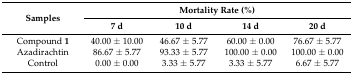
<table><thead><tr><td rowspan="2"><b>Samples</b></td><td colspan="4"><b>Mortality Rate (%)</b></td></tr><tr><td><b>7 d</b></td><td><b>10 d</b></td><td><b>14 d</b></td><td><b>20 d</b></td></tr></thead><tbody><tr><td>Compound <b>1</b></td><td>40.00 ± 10.00</td><td>46.67 ± 5.77</td><td>60.00 ± 0.00</td><td>76.67 ± 5.77</td></tr><tr><td>Azadirachtin</td><td>86.67 ± 5.77</td><td>93.33 ± 5.77</td><td>100.00 ± 0.00</td><td>100.00 ± 0.00</td></tr><tr><td>Control</td><td>0.00 ± 0.00</td><td>3.33 ± 5.77</td><td>3.33 ± 5.77</td><td>6.67 ± 5.77</td></tr></tbody></table>